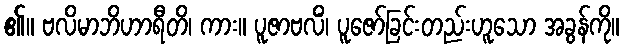
၏။ ဗလိမာဘိဟာရီတိ၊ ကား။ ပူဇာဗလိံ၊ ပူဇော်ခြင်းတည်းဟူသော အခွန်ကို။